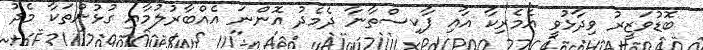
ބޮޑުވަޒީރު ވިދާޅުވީ އެމެރިކާ އާއި ޕާކިސްތާނާ ދެމެދު އޮންނަ އެއްބާރުލުމާއި ގުޅުންތަކާ މެދު